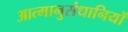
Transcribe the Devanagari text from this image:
आत्मानुसंधानियों